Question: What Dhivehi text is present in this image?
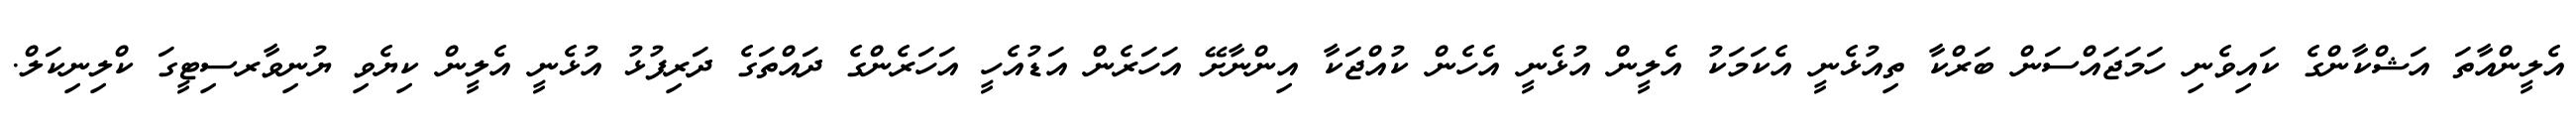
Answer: އެލީންއާތަ އަޝްކާންގެ ކައިވެނި ހަމަޖައްސަން ބަރްކާ ތިއުޅެނީ އެކަމަކު އެލީން އުޅެނީ އެހެން ކުއްޖަކާ އިންނާށޭ އަހަރެން އަޑުއެހީ އަހަރެންގެ ދައްތަގެ ދަރިފުޅު އުޅެނީ އެލީން ކިޔެވި ޔުނިވާރސިޓީގަ ކްލިނިކަލް.